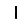
Digit: 1